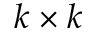
k \times k